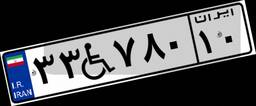
۳۳W۷۸۰۱۰